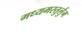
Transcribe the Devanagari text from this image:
मध्यमस्तुर्लुग